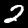
Digit: 2